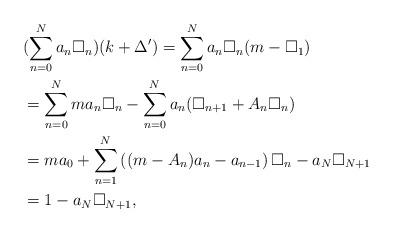
LaTeX: \begin{align*}&(\sum_{n=0}^{N}a_n\square_{n})(k+\Delta')=\sum_{n=0}^{N}a_n\square_{n}(m-\square_{1})\\&=\sum_{n=0}^{N} ma_n\square_{n}-\sum_{n=0}^{N}a_n(\square_{n+1}+A_n\square_{n})\\&=ma_0+\sum_{n=1}^{N} \left((m-A_n)a_n-a_{n-1}\right)\square_{n}-a_N\square_{N+1}\\&=1-a_N\square_{N+1},\end{align*}